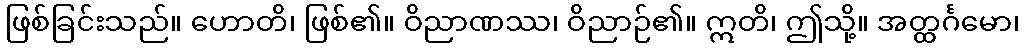
ဖြစ်ခြင်းသည်။ ဟောတိ၊ ဖြစ်၏။ ဝိညာဏဿ၊ ဝိညာဉ်၏။ ဣတိ၊ ဤသို့။ အတ္ထင်္ဂမော၊